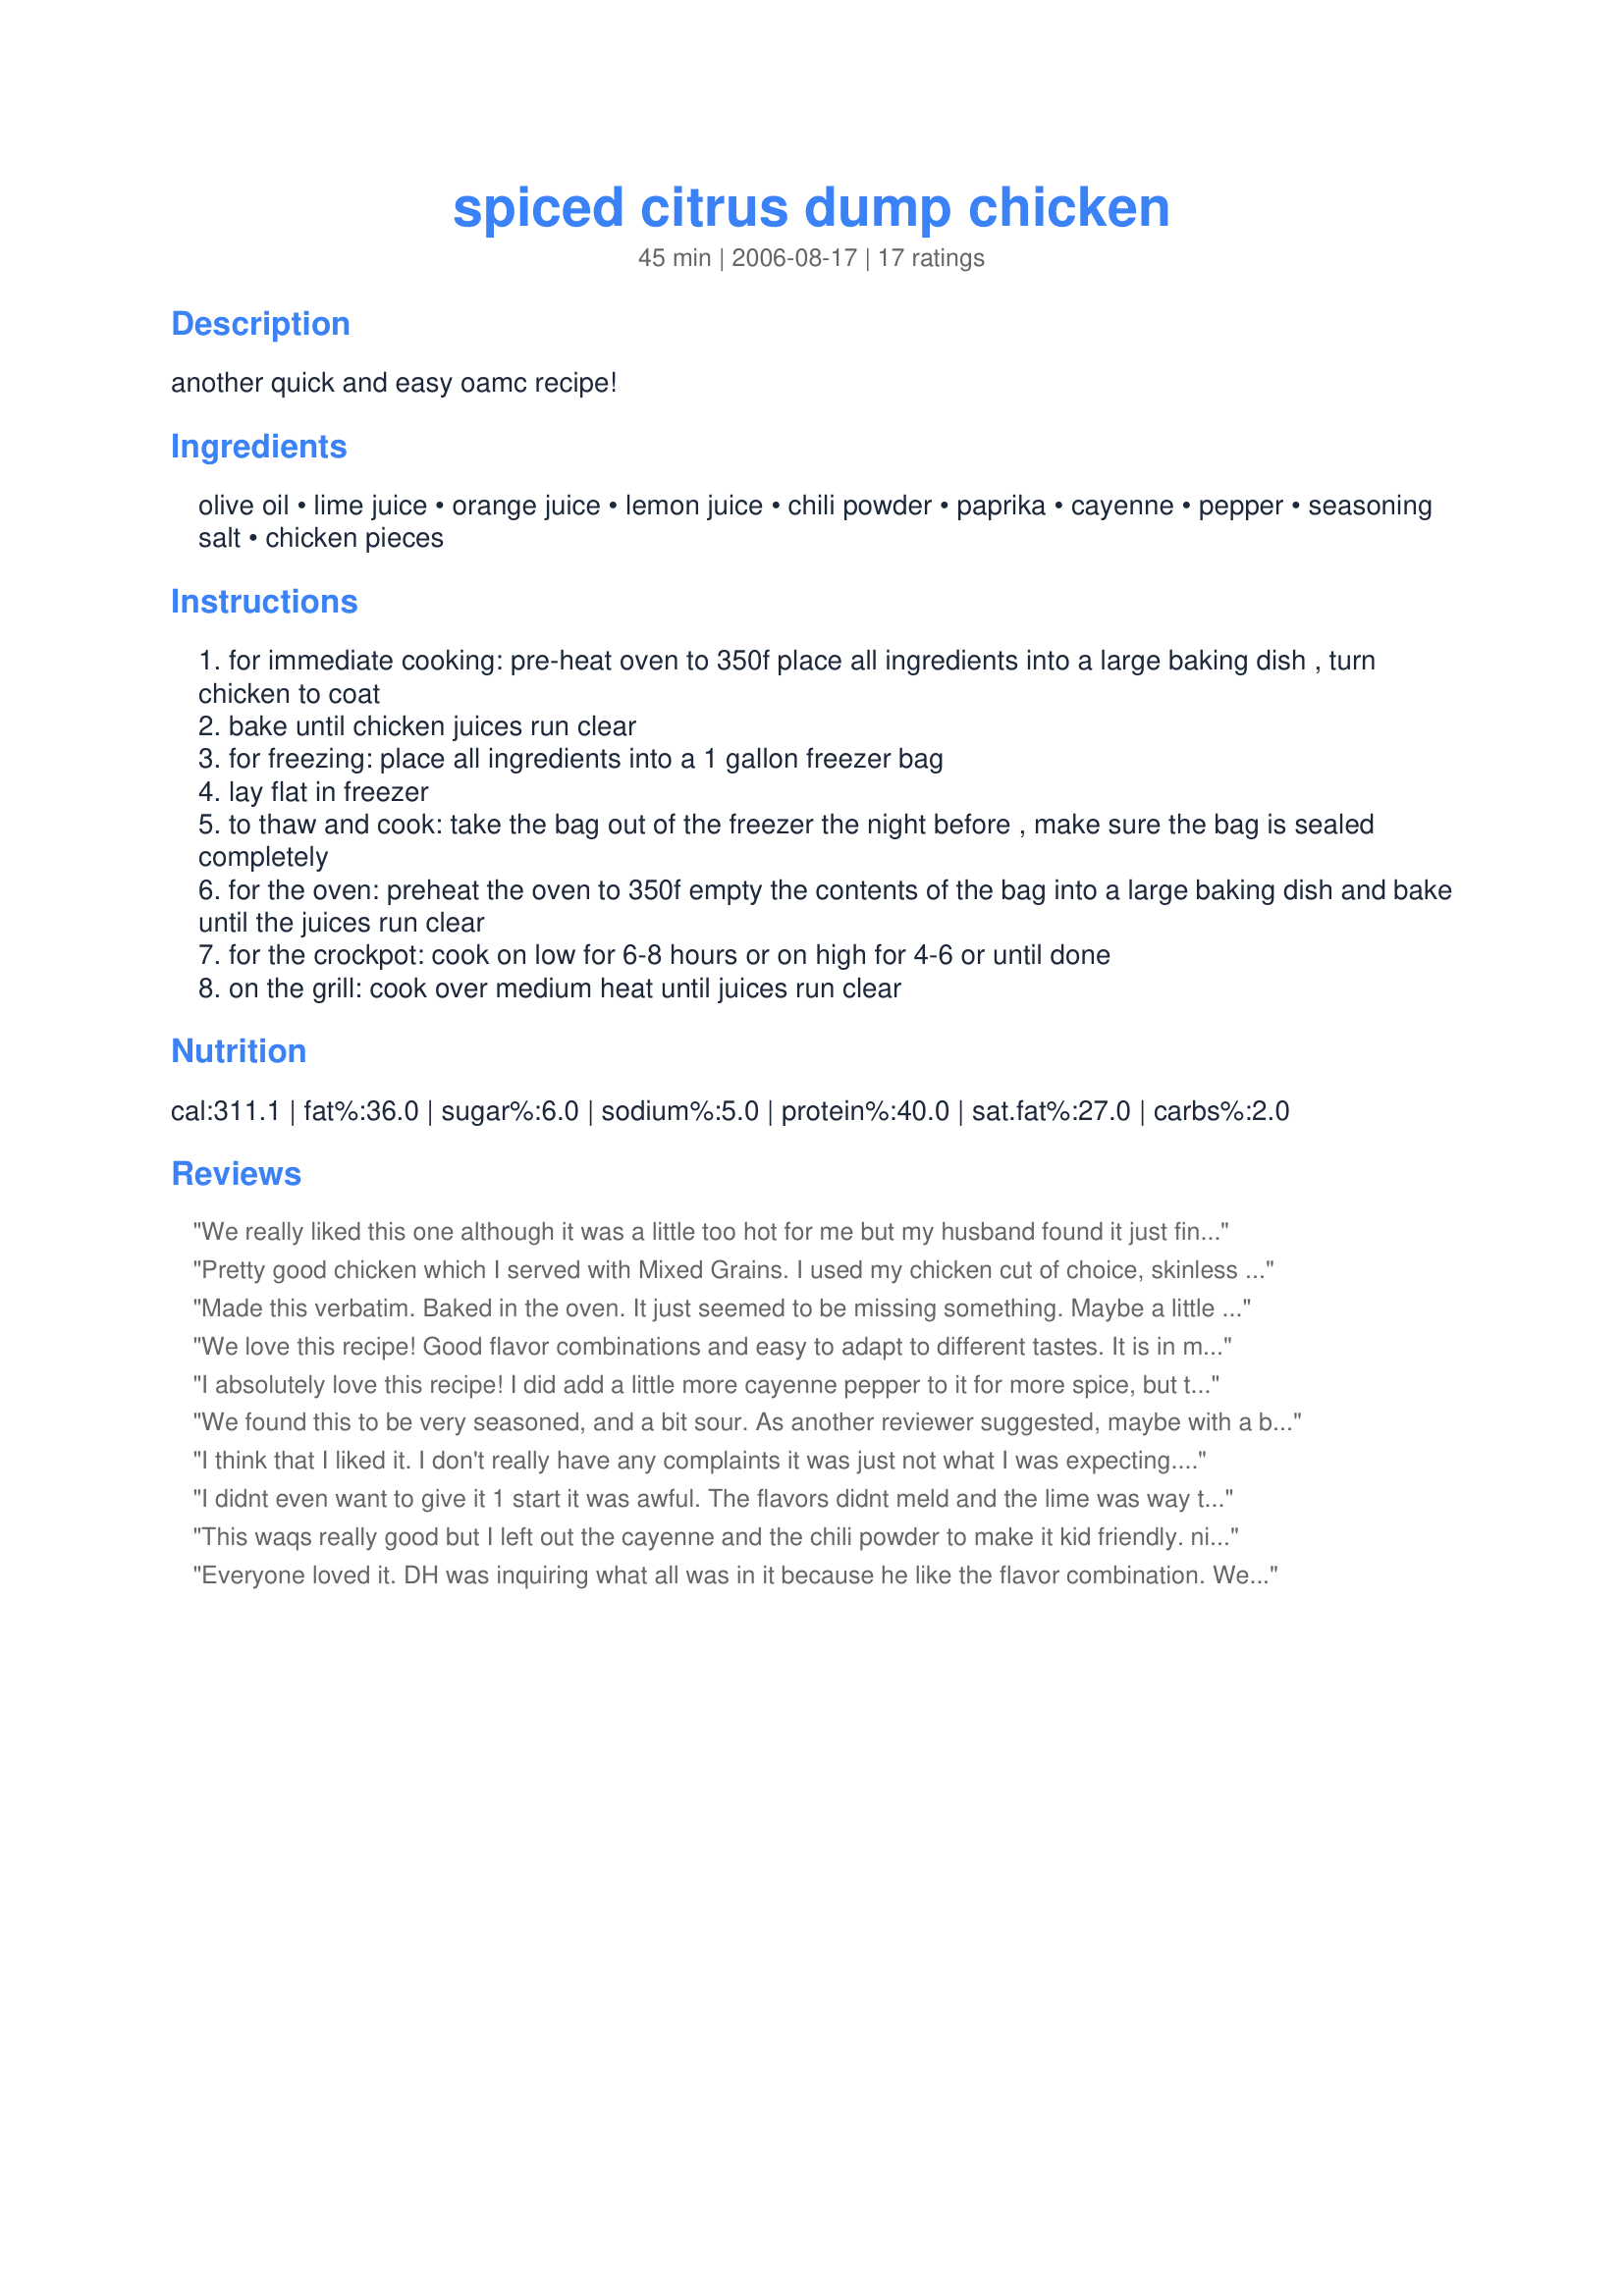
spiced citrus dump chicken
Preparation time: 45 minutes

another quick and easy oamc recipe!

Ingredients:
olive oil, lime juice, orange juice, lemon juice, chili powder, paprika, cayenne, pepper, seasoning salt, chicken pieces

Steps:
for immediate cooking: pre-heat oven to 350f place all ingredients into a large baking dish , turn chicken to coat
bake until chicken juices run clear
for freezing: place all ingredients into a 1 gallon freezer bag
lay flat in freezer
to thaw and cook: take the bag out of the freezer the night before , make sure the bag is sealed completely
for the oven: preheat the oven to 350f empty the contents of the bag into a large baking dish and bake until the juices run clear
for the crockpot: cook on low for 6-8 hours or on high for 4-6 or until done
on the grill: cook over medium heat until juices run clear

Reviews:
We really liked this one although it was a little too hot for me but my husband found it just fine. I think I'll reduce the chili next time and subsitute the lime and lemon juice with OJ because it was a little to sour and not as tangy as I expected. But with those minor adjustments it's sure to be a repeat at my table.
Pretty good chicken which I served with <a href="/176290">Mixed Grains</a>. I used my chicken cut of choice, skinless boneless breasts, and I did find these to be a tad dry. I think it's the skinless part. They also had a sort of strong vinegar-y taste which I can only imagine came from the citrus juice. This was fine chicken, but probably not one I'd repeat. Thanks for posting it Pamela.
Made this verbatim. Baked in the oven. It just seemed to be missing something. Maybe a little more heat? I could get a little of the underlying citrus flavor, but the chili powder seemed to be the strongest taste. I may try it again with some adjustments.
We love this recipe! Good flavor combinations and easy to adapt to different tastes. It is in my permanent list of favorites! Thanks!
I absolutely love this recipe! I did add a little more cayenne pepper to it for more spice, but this was wonderful. I used the leftovers to make shredded chicken tacos. This is a favorite in our home. Thanks Pamela! =O)
We found this to be very seasoned, and a bit sour. As another reviewer suggested, maybe with a bit more OJ it would still have the citrus-y flavor, and maybe half the cayenne would help with the bitterness. It was very tender, though. Sorry, it just didn't work with our family very well.
I think that I liked it. I don't really have any complaints it was just not what I was expecting. Almost like a hot wing but not too spicy.
I didnt even want to give it 1 start it was awful. The flavors didnt meld and the lime was way too strong. Will not be making this again.
This waqs really good but I left out the cayenne and the chili powder to make it kid friendly. nice change from bland old chiken.
Everyone loved it. DH was inquiring what all was in it because he like the flavor combination. We baked it for our first try, maybe in the spring summer we will try it on the grill. and invite a bunch of people over. This would be a nice change to the usual BBQ dried out chicken! Thanks so much for posting!
I made this for OMAC using boneless chicken breasts. This recipe is easy and tastes great. When I thawed it, cooked it, and tasted the sauce, I knew it would be too much cayenne for my husband, but that I loved it so I added some brown sugar to his sauce to cut the heat a bit, put a dollop of sour cream on top of the chicken and that was perfect for him. The chicken was tender. I have more in the freezer and plan to grill it when the weather permits.
Thanks Pamela for this recipe. I'll be making it again.
We love this and will be making again. made no changes to this, but next time will try smoked paprika.
Thank you for posting
A tasty marinade - tangy and pungent. A good beginner OAMC recipe.
This was so easy and tasty. I left out the cayenne as I didn't have any and thought the hot level was perfect for me.
I made this as a OAMC meal and recently took it out to thaw and serve. I grilled the chicken thinking this would really bring out the citrus flavors, but unfortunately, the spices seemed to overpower the citrus flavor. If I make this again, I will cut back a bit on the spices so I can taste more of the citrus.
Cooked this in the crock pot and had a wonderful meal when suppertime came around. Thanks for a good recipe. This one is a keeper.
This was okay, but way too hot for the family's preferences. I liked pulling it out of the freezer and having it ready to go but otherwise nothing really stood out to me.
